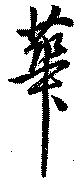
華